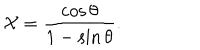
{ \cal X } = \frac { \cos \theta } { 1 - \sin \theta } .